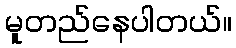
မူတည်နေပါတယ်။